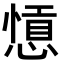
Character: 𢠕